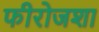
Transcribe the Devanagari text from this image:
फीरोजशा